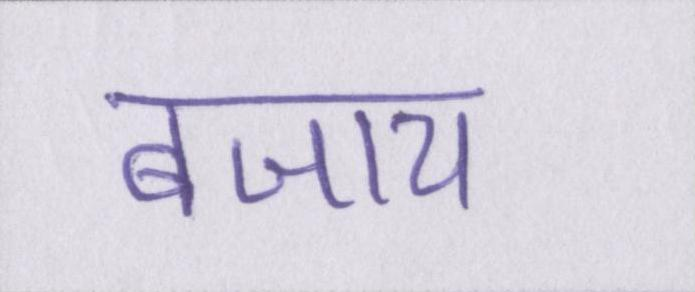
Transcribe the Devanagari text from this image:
बजाय